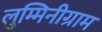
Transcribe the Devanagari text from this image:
लुम्मिनीग्राम